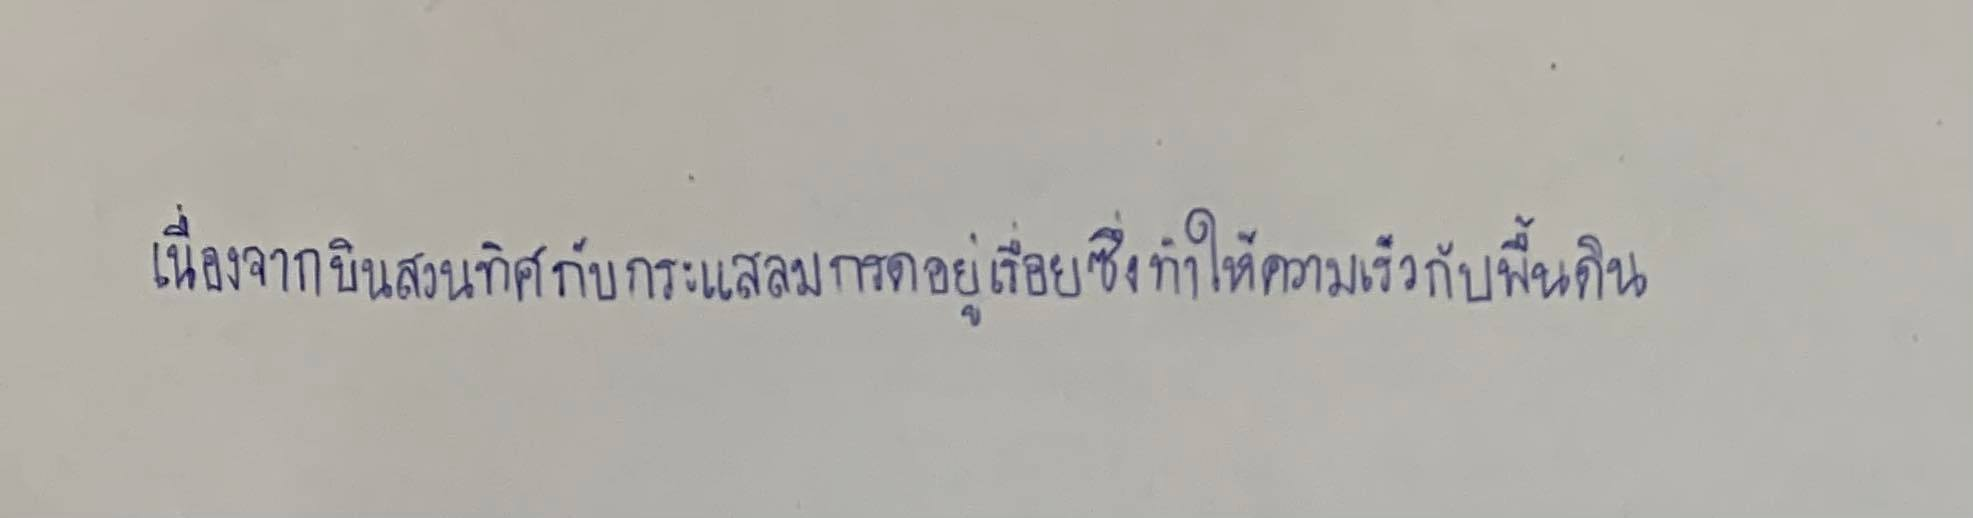
เนื่องจากบินสวนทิศกับกระแสลมกรดอยู่เรื่อยซึ่งทำให้ความเร็วกับพื้นดิน